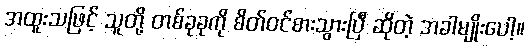
အထူးသဖြင့် သူတို့ တစ်ခုခုကို စိတ်ဝင်စားသွားပြီ ဆိုတဲ့ အခါမျိုးပေါ့။